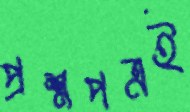
প্রশ্নপত্রই